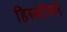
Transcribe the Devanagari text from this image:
हिस्लॉपने